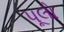
પૂલો